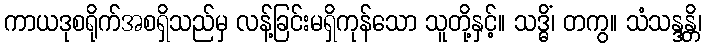
ကာယဒုစရိုက်အစရှိသည်မှ လန့်ခြင်းမရှိကုန်သော သူတို့နှင့်။ သဒ္ဓိံ၊ တကွ။ သံသန္ဒန္တိ၊